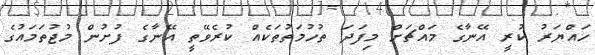
ހައްޔަރު ކުރީ އޭނާގެ މައްޗަށް މިފަދަ ތުހުމަތުތަކެއް ކުރެވޭތީ އޭނާގެ ފުށުން މުޖުތަމައުގެ